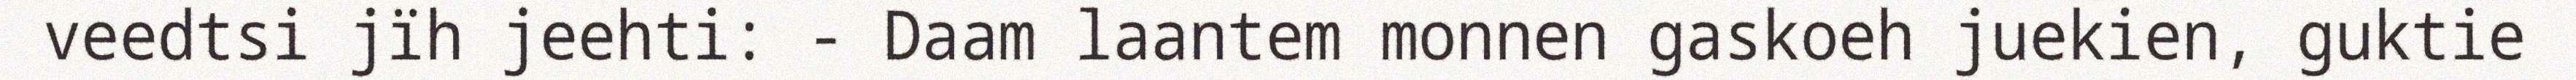
veedtsi jïh jeehti: - Daam laantem monnen gaskoeh juekien, guktie